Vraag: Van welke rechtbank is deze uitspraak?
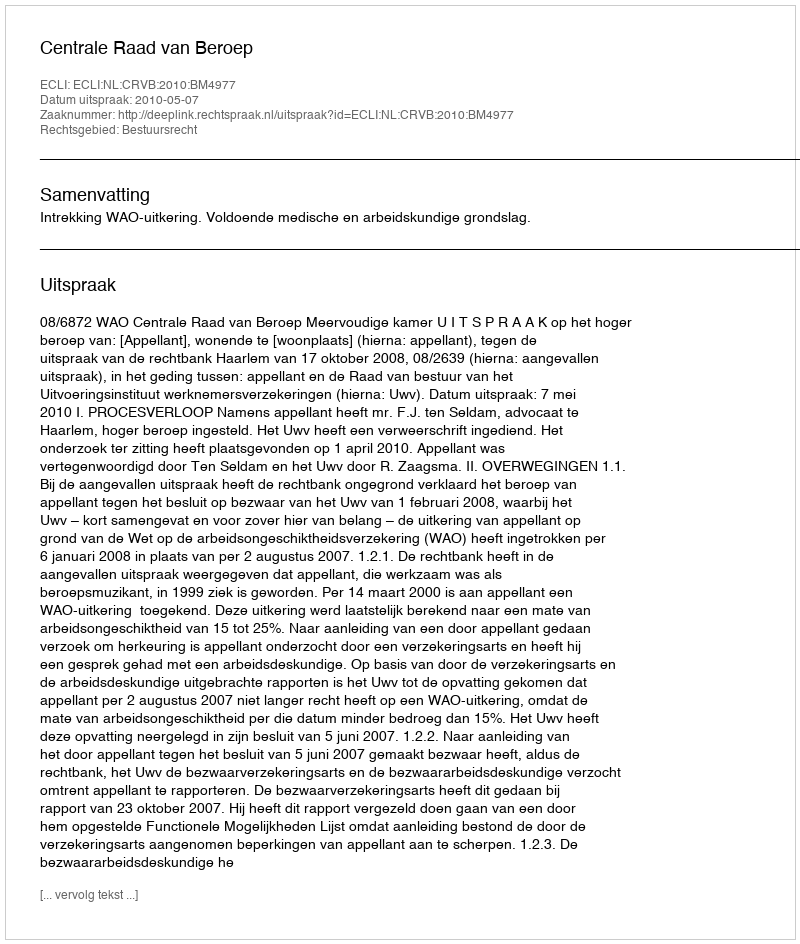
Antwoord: Centrale Raad van Beroep